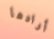
أرادها